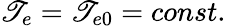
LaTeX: \mathscr{T}_{e}=\mathscr{T}_{e0}=const.